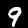
Label: 9